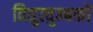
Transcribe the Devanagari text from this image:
विद्युत्चुम्बकों